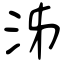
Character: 泲